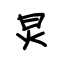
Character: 炅